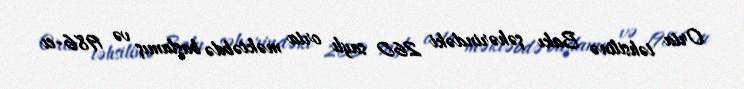
Orta təhsilinə Bakı şəhərindəki 260 saylı orta məktəbdə başlamış və 1986-cı